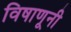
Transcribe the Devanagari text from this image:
विषाणूनी